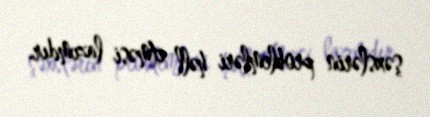
şəxslərin problemləri həll etməsi lazımdır.